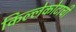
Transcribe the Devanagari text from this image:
किल्लेकोटाची